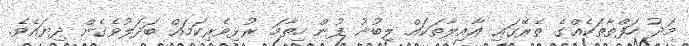
މަދު ހަފްތާތަކެއްގެ ތެރޭގައި ޢާއިލާތަކައް ލިބުނު ފުން ހިތާމަ ރުޅިވެރިކަމައް ބަދަލުވެގެން ދިޔައެވެ.